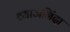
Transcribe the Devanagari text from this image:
व्याजनिंदा